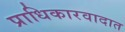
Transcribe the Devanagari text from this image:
प्राधिकारवादात